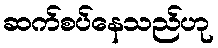
ဆက်စပ်နေသည်ဟု